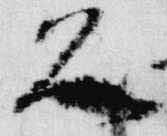
久